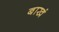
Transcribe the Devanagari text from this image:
बाखं